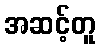
အဆင့်တူ